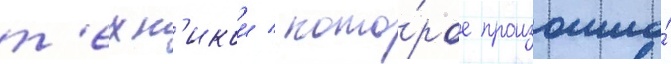
т'ехн'икои / кото́рое произошло́